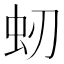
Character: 𧈳